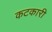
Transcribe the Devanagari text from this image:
कटकारी